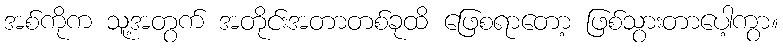
အစ်ကိုက သူ့အတွက် အတိုင်းအတာတစ်ခုထိ ဖြေစရာတော့ ဖြစ်သွားတာပေါ့ကွာ။